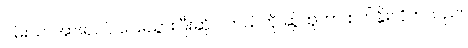
ဝမ်းသာအားရပင် ပြေးသွားပြီးဆိုင် ကယ်ကို ဆွဲထူကာ စက်နှိုးလိုက်သည်။